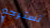
تسترجع